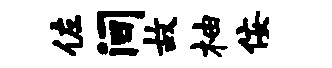
佐间故柚佞